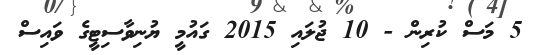
5 މަސް ކުރިން - 10 ޖުލައި 2015 ގައުމީ ޔުނިވާސިޓީގެ ވައިސް